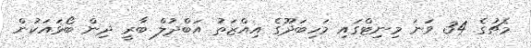
މެޗުގެ 34 ވަނަ މިނިޓްގައި މަހިބަދޫގެ އިއްޒަތު އަބްދުލް ބާރީ ދިން ބޯޅައަކުން